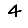
Digit: 4